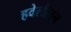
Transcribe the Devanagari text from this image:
हवेलीतून